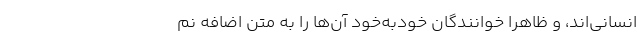
انسانی‌اند، و ظاهراً خوانندگان خودبه‌خود آن‌ها را به متن اضافه نم